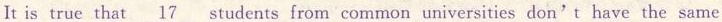
It is true that\underline{17} students from common universities don't have the same